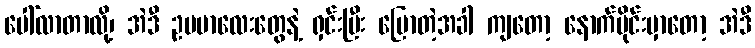
ပေါ်လာတာလို့၊ အဲဒီ ဥပမာလေးတွေနဲ့ ရှင်းပြီး ပြောတဲ့အခါ ကျတော့ နောက်ပိုင်းမှာတော့ အဲဒီ